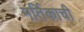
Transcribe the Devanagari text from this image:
मर्तिकाची